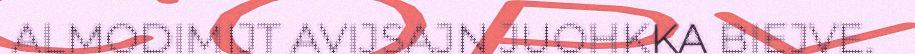
ALMODIMIJT AVIJSAJN JUOHKKA BIEJVE.